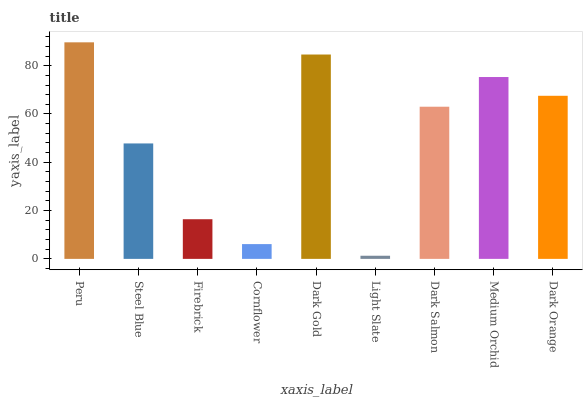
| xaxis_label | bars |
 | --- | --- |
 | Peru | 89.7 |
 | Steel Blue | 47.8 |
 | Firebrick | 16.4 |
 | Cornflower | 6.12 |
 | Dark Gold | 84.6 |
 | Light Slate | 1.3 |
 | Dark Salmon | 63 |
 | Medium Orchid | 75.3 |
 | Dark Orange | 67.5 |